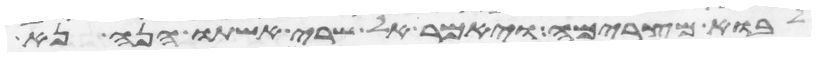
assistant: לבוא מצרימה ויאמר אל שרי אשתו הנה נא